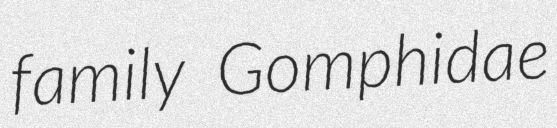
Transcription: family Gomphidae